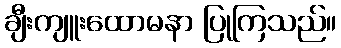
ချီးကျူးထောမနာ ပြုကြသည်။